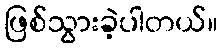
ဖြစ်သွားခဲ့ပါတယ်။